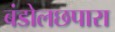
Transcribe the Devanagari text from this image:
बंडोलछपारा